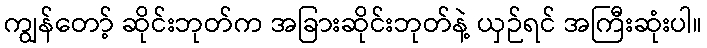
ကျွန်တော့် ဆိုင်းဘုတ်က အခြားဆိုင်းဘုတ်နဲ့ ယှဉ်ရင် အကြီးဆုံးပါ။